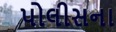
પોલીસના